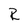
Character: R